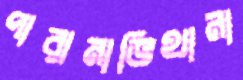
পারানাভিথানা